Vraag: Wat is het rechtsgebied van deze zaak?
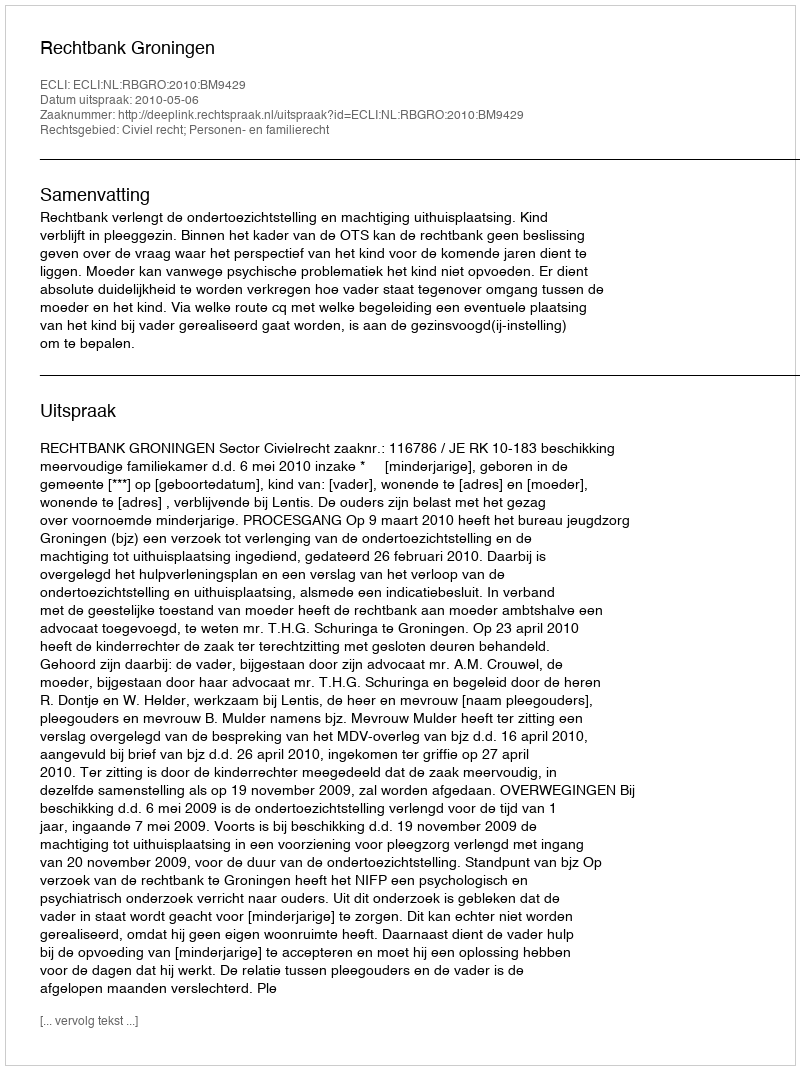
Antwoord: Civiel recht; Personen- en familierecht